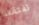
تفتقد